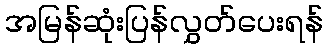
အမြန်ဆုံးပြန်လွှတ်ပေးရန်